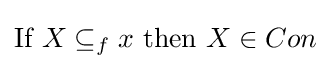
{\mbox{If }}X\subseteq _{f}x{\mbox{ then }}X\in Con